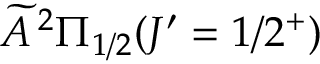
\widetilde { A } \, ^ { 2 } \Pi _ { 1 / 2 } ( J ^ { \prime } = 1 / 2 ^ { + } )